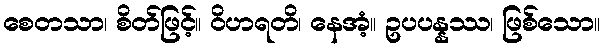
စေတသာ၊ စိတ်ဖြင့်။ ဝိဟရတိ၊ နေအံ့။ ဥပပန္နဿ၊ ဖြစ်သော။